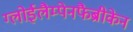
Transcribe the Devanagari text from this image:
ग्लोईलैम्पेनफैब्रीकेन